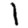
Digit: 1